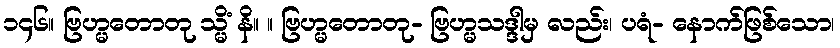
၁၄၆။ ဗြဟ္မတောတု သ္မိံ နိ။ ။ ဗြဟ္မတောတု- ဗြဟ္မသဒ္ဒါမှ လည်း၊ ပရံ- နောက်ဖြစ်သော၊